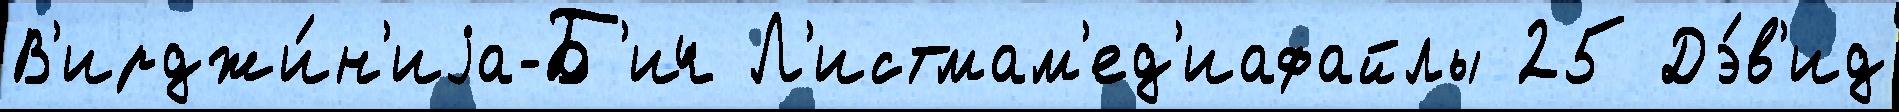
В'ирджи́н'иjа-Б'ич Л'истмам'ед'иафайлы 25 Дэ́в'ид